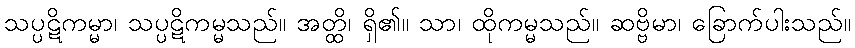
သပ္ပဋိကမ္မာ၊ သပ္ပဋိကမ္မသည်။ အတ္ထိ၊ ရှိ၏။ သာ၊ ထိုကမ္မသည်။ ဆဗ္ဗိမာ၊ ခြောက်ပါးသည်။